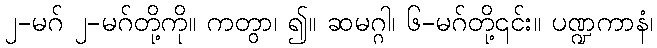
၂-မဂ် ၂-မဂ်တို့ကို။ ကတွာ၊ ၍။ ဆမဂ္ဂါ၊ ၆-မဂ်တို့၎င်း။ ပဏ္ဍကာနံ၊